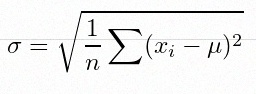
\sigma=\sqrt{\frac1n\sum(x_i-\mu)^2}